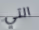
التي